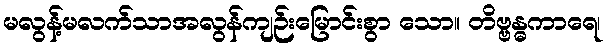
မလွန့်မလက်သာအလွန်ကျဉ်းမြောင်းစွာ သော။ တိဗ္ဗန္ဓကာရေ၊